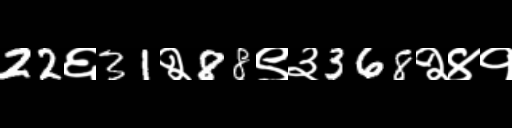
Text: 22६31२88९३368२४१